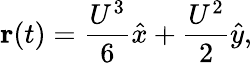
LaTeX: \mathbf{r}(t)=\frac{U^{3}}{6}\hat{x}+\frac{U^{2}}{2}\hat{y},